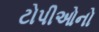
ટોપીઓનો